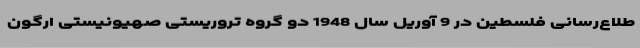
طلاع‌رسانی فلسطین در 9 آوریل سال 1948 دو گروه تروریستی صهیونیستی ارگون